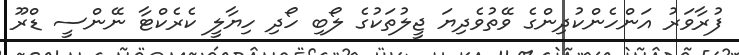
ފުރާވަރު އަންހެންކުދިންގެ ވޭތުވެދިޔަ ޖީލުތަކުގެ ލޯބި ހޯދި ހިޔާލީ ކެރެކްޓާ ނޭންސީ ޑްރޫ